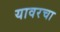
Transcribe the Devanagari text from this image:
यावरचा